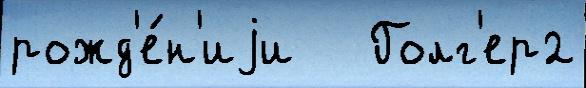
рожд'е́н'иjи   Голг'ер2